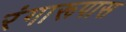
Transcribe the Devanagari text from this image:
रंगारूपास